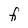
Character: f